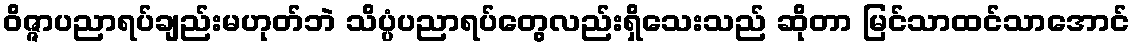
ဝိဇ္ဇာပညာရပ်ချည်းမဟုတ်ဘဲ သိပ္ပံပညာရပ်တွေလည်းရှိသေးသည် ဆိုတာ မြင်သာထင်သာအောင်